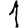
Digit: 1